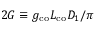
2 G \equiv g _ { \mathrm { c o } } L _ { \mathrm { c o } } D _ { 1 } / \pi